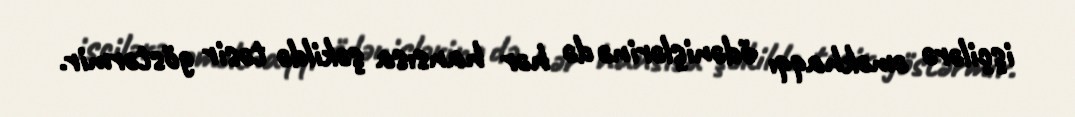
işçilərə əməkhaqqı ödənişlərinə də hər hansısa şəkildə təsir göstərmir.